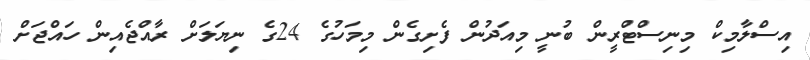
އިސްލާމިކް މިނިސްޓްރީން ބުނީ މިއަދުން ފެށިގެން މިމަހުގެ 24ގެ ނިޔަލަށް ރާއްޖެއިން ހައްޖަށް